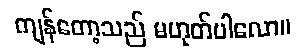
ကျန်တော့သည် မဟုတ်ပါလော။